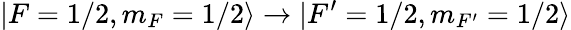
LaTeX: |F=1/2,m_{F}=1/2\rangle\rightarrow|F^{\prime}=1/2,m_{F^{\prime}}=1/2\rangle